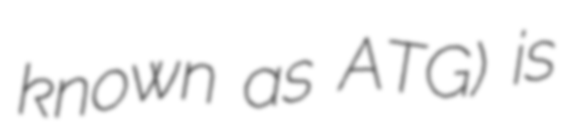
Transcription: known as ATG) is